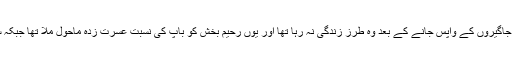
سلطان نے جس ٹھاٹ بھاٹ سے زندگی گزاری تھی جاگیروں کے واپس جانے کے بعد وہ طرز زندگی نہ رہا تھا اور یوں رحیم بخش کو باپ کی نسبت عسرت زدہ ماحول ملا تھا جبکہ سلطان پہلوان بھی اس دور میں بابا سلطان بن چکا تھا۔